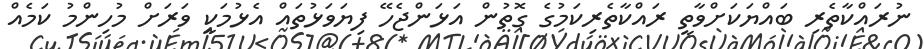
ނުރައްކާތެރި ބައްޔަކަށްވާތީ ރައްކާތެރިކަމުގެ ގޮތުން އަޅަންޖެހޭ ފިޔަވަޅުތައް އެޅުމަކީ ވަރަށް މުހިންމު ކަމެއް